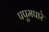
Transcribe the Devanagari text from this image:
पपुमपारे